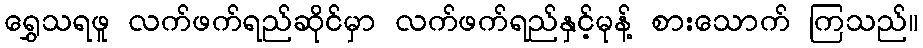
ရွှေသရဖူ လက်ဖက်ရည်ဆိုင်မှာ လက်ဖက်ရည်နှင့်မုန့် စားသောက် ကြသည်။